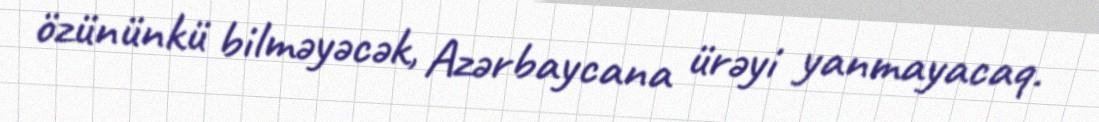
özününkü bilməyəcək, Azərbaycana ürəyi yanmayacaq.